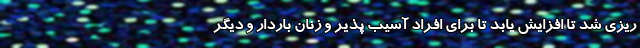
‌ریزی شد تا افزایش یابد تا برای افراد آسیب ‌پذیر و زنان باردار و دیگر